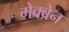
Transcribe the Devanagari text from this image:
मेक्ब्रेन